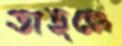
তাহলে